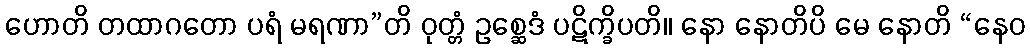
ဟောတိ တထာဂတော ပရံ မရဏာ”တိ ဝုတ္တံ ဥစ္ဆေဒံ ပဋိက္ခိပတိ။ နော နောတိပိ မေ နောတိ “နေဝ